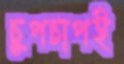
চুপচাপই